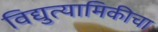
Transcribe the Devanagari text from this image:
विद्युत्यामिकीचा